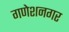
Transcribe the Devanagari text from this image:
गणेशनगर